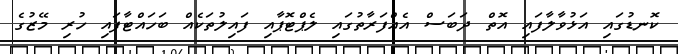
ކޮނޑުގައި އަޅުވާލާފައި އޮތް ދަބަސް އެއްފަރާތުގައި ލެޕްޓޮޕާއި ފައިލުތަކެއް ބަހައްޓާފައި ހުރި މޭޒުގެ